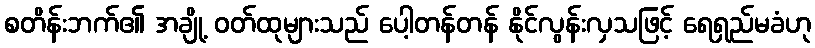
စတိန်းဘက်၏ အချို့ ဝတ်ထုများသည် ပေါ့တန်တန် နိုင်လွန်းလှသဖြင့် ရေရှည်မခံဟု